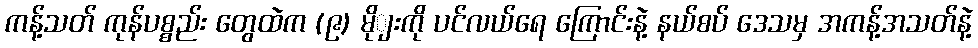
ကန့်သတ် ကုန်ပစ္စည်း တွေထဲက (၉) မိုျးကို ပင်လယ်ရေ ကြောင်းနဲ့ နယ်စပ် ဒေသမှ အကန့်အသတ်နဲ့